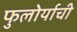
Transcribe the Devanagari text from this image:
फुलोर्याची